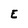
Character: E